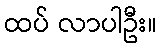
ထပ် လာပါဦး။